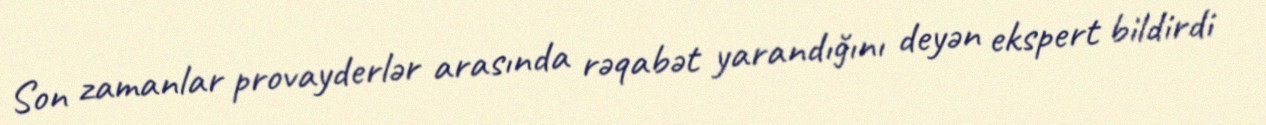
Son zamanlar provayderlər arasında rəqabət yarandığını deyən ekspert bildirdi